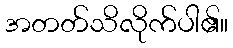
အတတ်သိလိုက်ပါ၏။